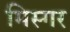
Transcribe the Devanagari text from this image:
मिस्गर